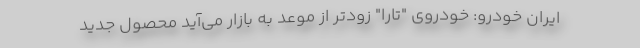
ایران خودرو: خودروی "تارا" زودتر از موعد به بازار می‌آید محصول جدید